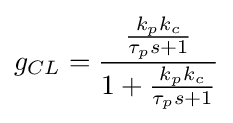
g_{CL}={\frac {\frac {k_{p}k_{c}}{\tau _{p}s+1}}{1+{\frac {k_{p}k_{c}}{\tau _{p}s+1}}}}